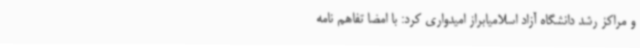
و مراکز رشد دانشگاه آزاد اسلامیابراز امیدواری کرد: با امضا تفاهم نامه